Lunatic asylums in Bengal annual reports 1888-1898 - 1888-1898
Year: 1888
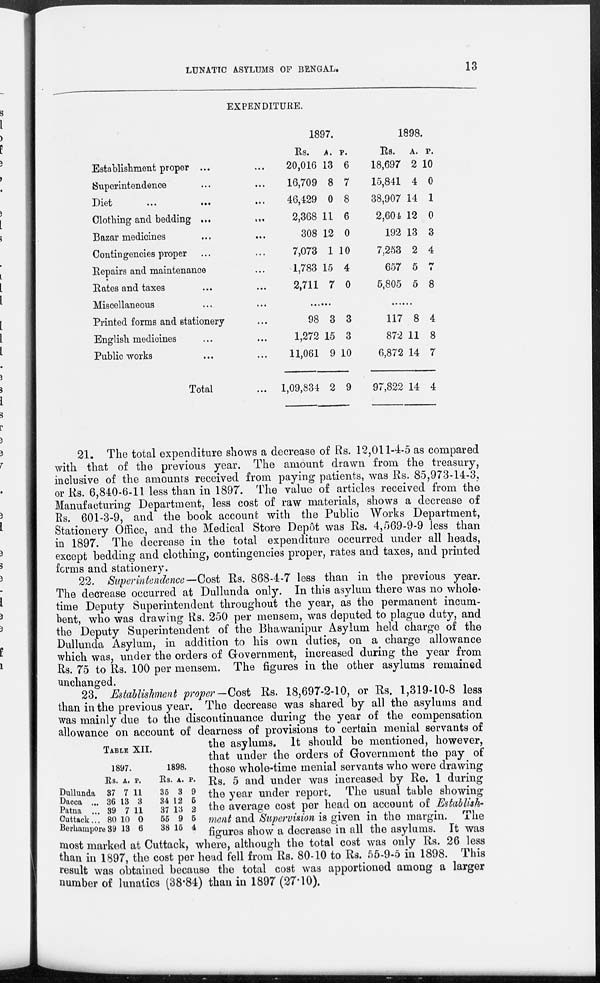
LUNATIC ASYLUMS OF BENGAL.
13
EXPENDITURE.
Establishment proper ... ...
Superintendence ... ...
Diet
...
...
...
Clothing and bedding ... ...
Bazar medicines ... ...
Contingencies proper ... ...
Repairs and maintenance ...
Rates and taxes
... ...
Miscellaneous ... ...
Printed forms and stationery ...
English medicines ... ...
Public works ... ...
Total ...
1897.
Rs.
20,016
16,709
46,429
2,368
308
7,073
1,783
2,711
A.
13
8
0
11
12
1
15
7
P.
6
7
8
6
0
10
4
0
......
98
1,272
11,061
1,09,834
3
15
9
2
3
3
10
9
1898.
Rs.
18,697
15,841
38,907
2,604
192
7,253
657
5,805
A.
2
4
14
12
13
2
5
5
P.
10
0
1
0
3
4
7
8
......
117
872
6,872
97,822
8
11
14
14
4
8
7
4
21. The total expenditure shows a decrease of Rs. 12,011-4-5 as compared
with that of the previous year. The amount drawn from the treasury,
inclusive of the amounts received from paying patients, was Rs. 85,973-14-3,
or Rs. 6,840-6-11 less than in 1897. The value of articles received from the
Manufacturing Department, less cost of raw materials, shows a decrease of
Rs. 601-3-9, and the book account with the Public Works Department,
Stationery Office, and the Medical Store Depôt was Rs. 4,569-9-9 less than
in 1897. The decrease in the total expenditure occurred under all heads,
except bedding and clothing, contingencies proper, rates and taxes, and printed
forms and stationery.
22. Superintendence—Cost Rs. 868-4-7 less than in the previous year.
The decrease occurred at Dullunda only. In this asylum there was no whole-
time Deputy Superintendent throughout the year, as the permanent incum-
bent, who was drawing Rs. 250 per mensem, was deputed to plague duty, and
the Deputy Superintendent of the Bhawanipur Asylum held charge of the
Dullunda Asylum, in addition to his own duties, on a charge allowance
which was, under the orders of Government, increased during the year from
Rs. 75 to Rs. 100 per mensem. The figures in the other asylums remained
unchanged.
TABLE XII.
Dullunda
Dacca ...
Patna ...
Cuttack...
Berhampore
1897.
Rs.
37
36
39
80
39
A.
7
13
7
10
13
P.
11
3
11
0
6
1898.
Rs.
35
34
37
55
38
A.
3
12
13
9
15
P.
9
5
2
5
4
23. Establishment proper-Cost Rs. 18,697-2-10, or Rs. 1,319-10-8 less
than in the previous year. The decrease was shared by all the asylums and
was mainly due to the discontinuance during the year of the compensation
allowance on account of dearness of provisions to certain menial servants of
the asylums. It should be mentioned, however,
that under the orders of Government the pay of
those whole-time menial servants who were drawing
Rs. 5 and under was increased by Re. 1 during
the year under report. The usual table showing
the average cost per head on account of Establish-
ment and Supervision is given in the margin. The
figures show a decrease in all the asylums. It was
most marked at Cuttack, where, although the total cost was only Rs. 26 less
than in 1897, the cost per head fell from Rs. 80-10 to Rs. 55-9-5 in 1898. This
result was obtained because the total cost was apportioned among a larger
number of lunatics (38.84) than in 1897 (27.10).